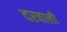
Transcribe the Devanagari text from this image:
दरवाली